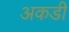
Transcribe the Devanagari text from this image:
अकडी